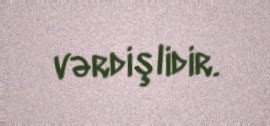
vərdişlidir.